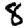
Digit: 8